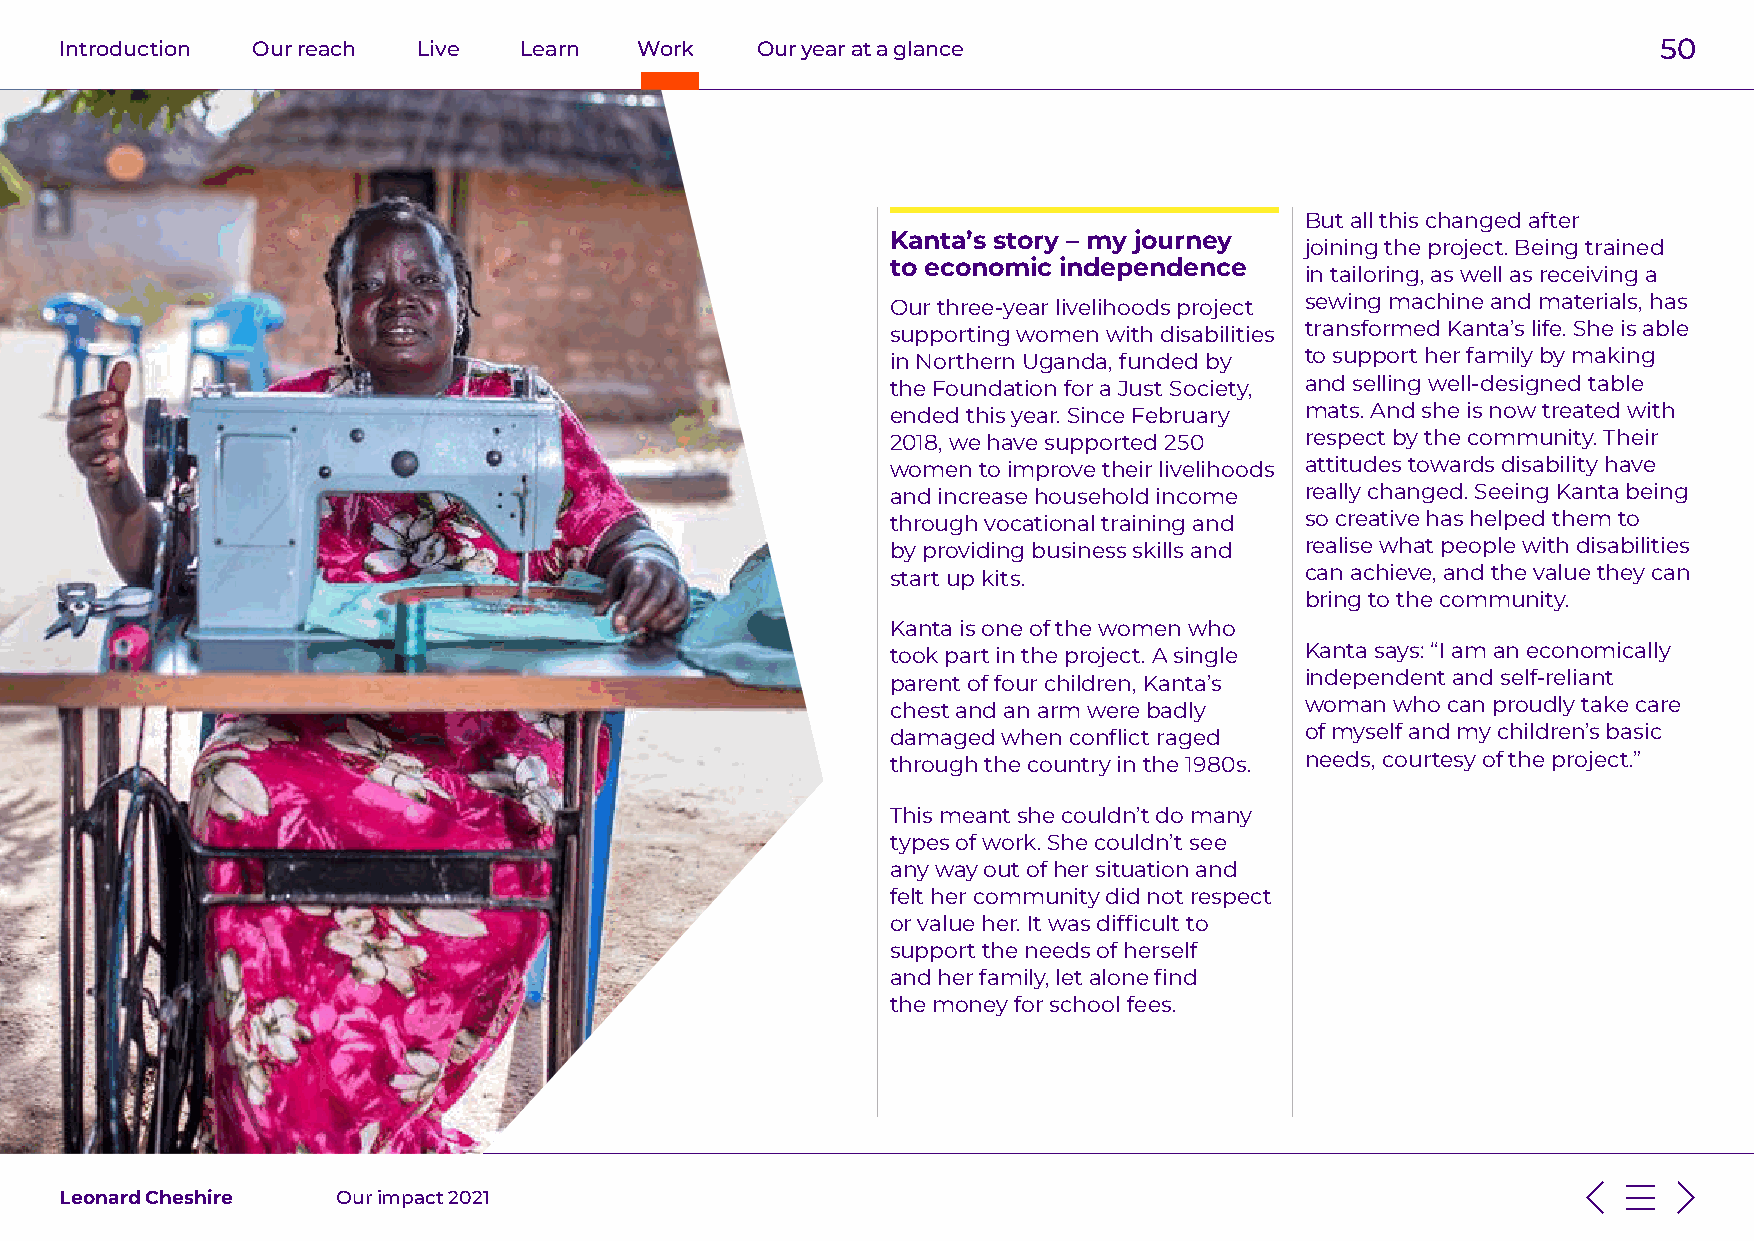
Introduction Our reach  Live  Learn   Work    Our year at a glance                                        50
 But all this changed after
 Kanta’s story – my journey
 joining the project. Being trained
 to economic independence
 in tailoring, as well as receiving a
 Our three-year livelihoods project sewing machine and materials, has
 supporting women with disabilities transformed Kanta’s life. She is able
 in Northern Uganda, funded by to support her family by making
 the Foundation for a Just Society, and selling well-designed table
 ended this year. Since February mats. And she is now treated with
 2018, we have supported 250 respect by the community. Their
 women to improve their livelihoods attitudes towards disability have
 and increase household income really changed. Seeing Kanta being
 through vocational training and so creative has helped them to
 by providing business skills and realise what people with disabilities
 start up kits.             can achieve, and the value they can
 bring to the community.
 Kanta is one of the women who
 took part in the project. A single Kanta says: “I am an economically
 parent of four children, Kanta’s independent and self-reliant
 chest and an arm were badly woman who can proudly take care
 damaged when conflict raged of myself and my children’s basic
 through the country in the 1980s. needs, courtesy of the project.”
 This meant she couldn’t do many
 types of work. She couldn’t see
 any way out of her situation and
 felt her community did not respect
 or value her. It was difficult to
 support the needs of herself
 and her family, let alone find
 the money for school fees.
 Leonard Cheshire  Our impact 2021